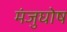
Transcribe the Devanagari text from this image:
मंजुघोष